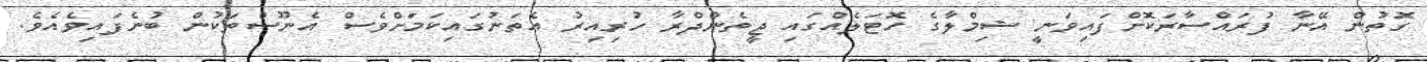
ގޮތުން އޭނާ ފުރައްސާރަކޮށްފައިވަނީ ޝިމްލާގެ ހޮޓަލެއްގައި ޖީތެންދްރާ ހުރިއިރު އެތަނުގައިކަމަށްވެސް އެނޫސްތަކުން ބުނެފައިވެއެވެ.